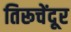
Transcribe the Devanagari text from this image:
तिरूचेंदूर